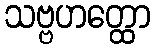
သဗ္ဗဟတ္ထော